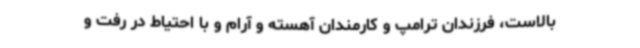
بالاست، فرزندان ترامپ و کارمندان آهسته و آرام و با احتیاط در رفت و